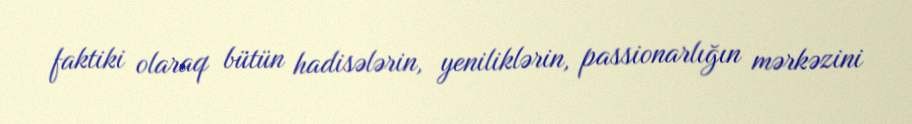
faktiki olaraq bütün hadisələrin, yeniliklərin, passionarlığın mərkəzini